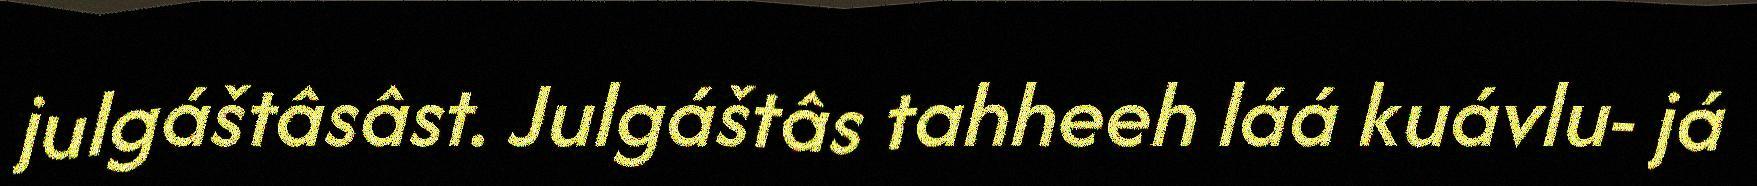
julgáštâsâst. Julgáštâs tahheeh láá kuávlu- já